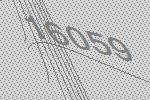
16059